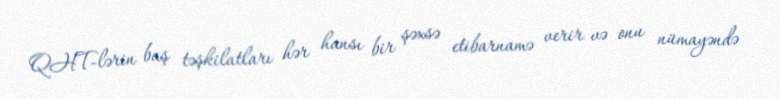
QHT-lərin baş təşkilatları hər hansı bir şəxsə etibarnamə verir və onu nümayəndə